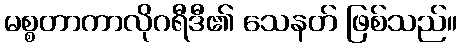
မစ္စတာကာလိုဂရီဒီ၏ သေနတ် ဖြစ်သည်။